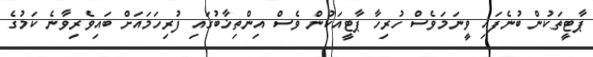
ޕާޓީތަކުން ބުނެފައި ވީނަމަވެސް ހުރިހާ ޕާޓީއަކުން ވެސް އިންތިޚާބުގައި ފުރިހަމައަށް ބައިވެރިވާނެ ކަމުގެ